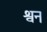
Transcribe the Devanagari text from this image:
श्वन